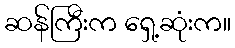
ဆန်ကြီးက ရှေ့ဆုံးက။